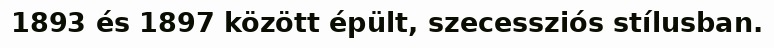
1893 és 1897 között épült, szecessziós stílusban.